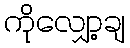
ကိုလျှော့ချ